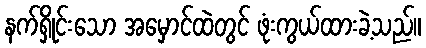
နက်ရှိုင်းသော အမှောင်ထဲတွင် ဖုံးကွယ်ထားခဲ့သည်။